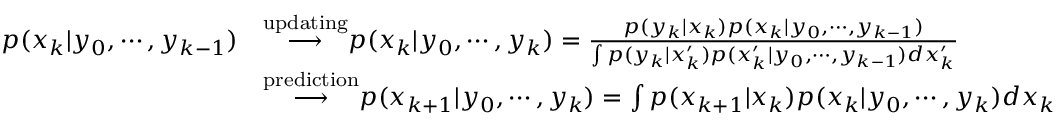
{ \begin{array} { r l } { p ( x _ { k } | y _ { 0 } , \cdots , y _ { k - 1 } ) } & { { \stackrel { \mathrm { u p d a t i n g } } { \longrightarrow } } p ( x _ { k } | y _ { 0 } , \cdots , y _ { k } ) = { \frac { p ( y _ { k } | x _ { k } ) p ( x _ { k } | y _ { 0 } , \cdots , y _ { k - 1 } ) } { \int p ( y _ { k } | x _ { k } ^ { \prime } ) p ( x _ { k } ^ { \prime } | y _ { 0 } , \cdots , y _ { k - 1 } ) d x _ { k } ^ { \prime } } } } \\ & { { \stackrel { \mathrm { p r e d i c t i o n } } { \longrightarrow } } p ( x _ { k + 1 } | y _ { 0 } , \cdots , y _ { k } ) = \int p ( x _ { k + 1 } | x _ { k } ) p ( x _ { k } | y _ { 0 } , \cdots , y _ { k } ) d x _ { k } } \end{array} }